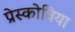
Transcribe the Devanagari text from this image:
प्रेस्कोविया